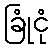
ခြုံငုံ